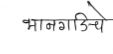
मजकूर: भानगडिचे